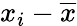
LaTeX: x_{i}-{\overline{{x}}}